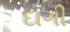
દાગી